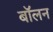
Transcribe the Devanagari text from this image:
बॉलन